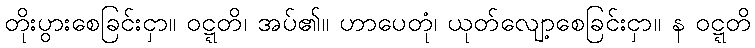
တိုးပွားစေခြင်းငှာ။ ဝဋ္ဋတိ၊ အပ်၏။ ဟာပေတုံ၊ ယုတ်လျော့စေခြင်းငှာ။ န ဝဋ္ဋတိ